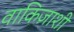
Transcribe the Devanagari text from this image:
वाकिज़ाशी